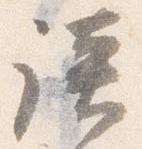
談